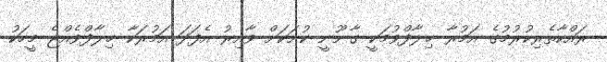
ރައްކާތެރިކުރުމުގެ އަމުރާ ޚިލާފްވުމަކީ ގާނޫނީ ކުށަކަށް ވާއިރު އެފަދަ އަމުރަކާ ޚިލާފްވެއްޖެ މީހަކު